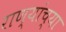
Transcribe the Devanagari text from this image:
राण्यांच्या